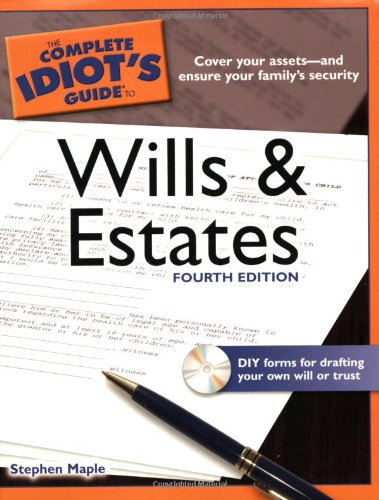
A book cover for The Complete Idiot's Guide to Wills and Estates, 4th Edition (Idiot's Guides); Stephen Maple; Law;